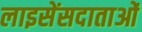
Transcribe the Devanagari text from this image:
लाइसेंसदाताओं